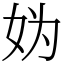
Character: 妫